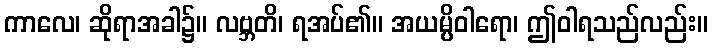
ကာလေ၊ ဆိုရာအခါ၌။ လဗ္ဘတိ၊ ရအပ်၏။ အယမ္ပိဝါရော၊ ဤဝါရသည်လည်း။